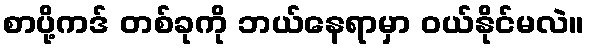
စာပို့ကဒ် တစ်ခုကို ဘယ်နေရာမှာ ဝယ်နိုင်မလဲ။